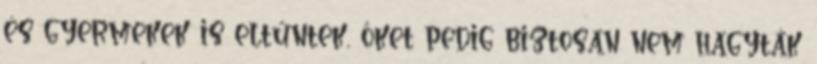
és gyermekek is eltűntek, őket pedig biztosan nem hagyták